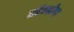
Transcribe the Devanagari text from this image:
तांब्यांना